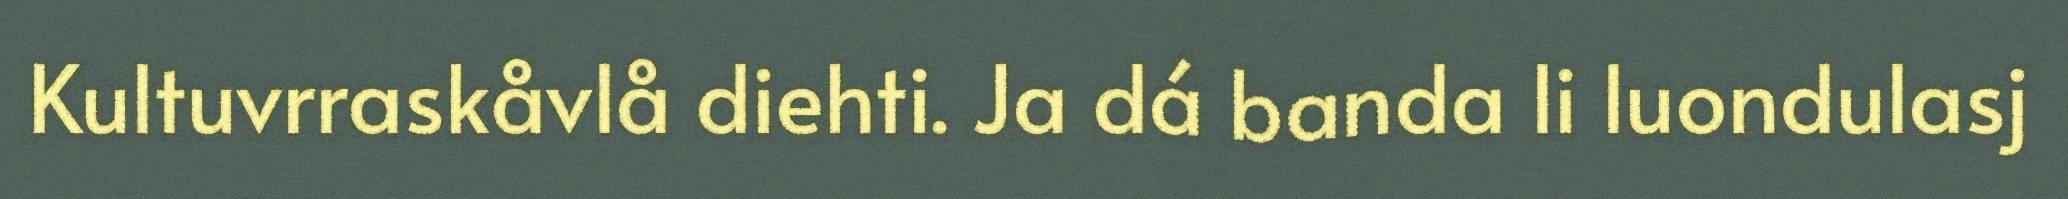
Kultuvrraskåvlå diehti. Ja dá banda li luondulasj